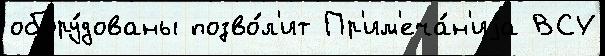
обору́дованы позво́л'ит Пр'им'еча́н'иjа ВСУ